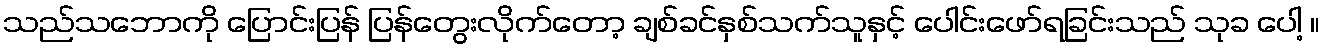
သည်သဘောကို ပြောင်းပြန် ပြန်တွေးလိုက်တော့ ချစ်ခင်နှစ်သက်သူနှင့် ပေါင်းဖော်ရခြင်းသည် သုခ ပေါ့ ။